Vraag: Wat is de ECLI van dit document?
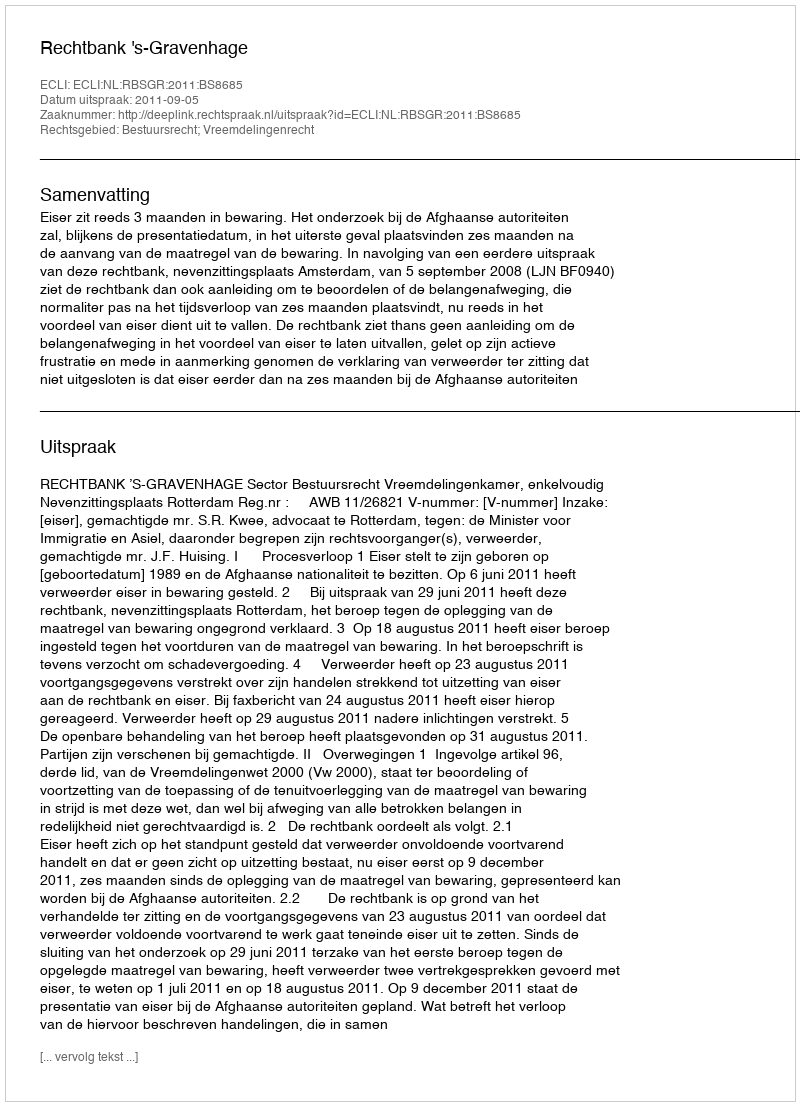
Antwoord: ECLI:NL:RBSGR:2011:BS8685